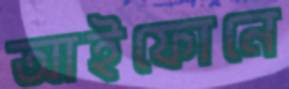
আইফোনে